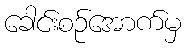
ခေါင်းစဉ်အောက်မှ